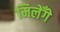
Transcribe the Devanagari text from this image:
मिलेँगे